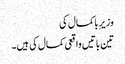
وزیرِ باکمال کی
تین باتیں واقعی کمال کی ہیں۔